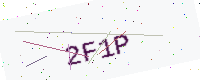
Text: 2F1P